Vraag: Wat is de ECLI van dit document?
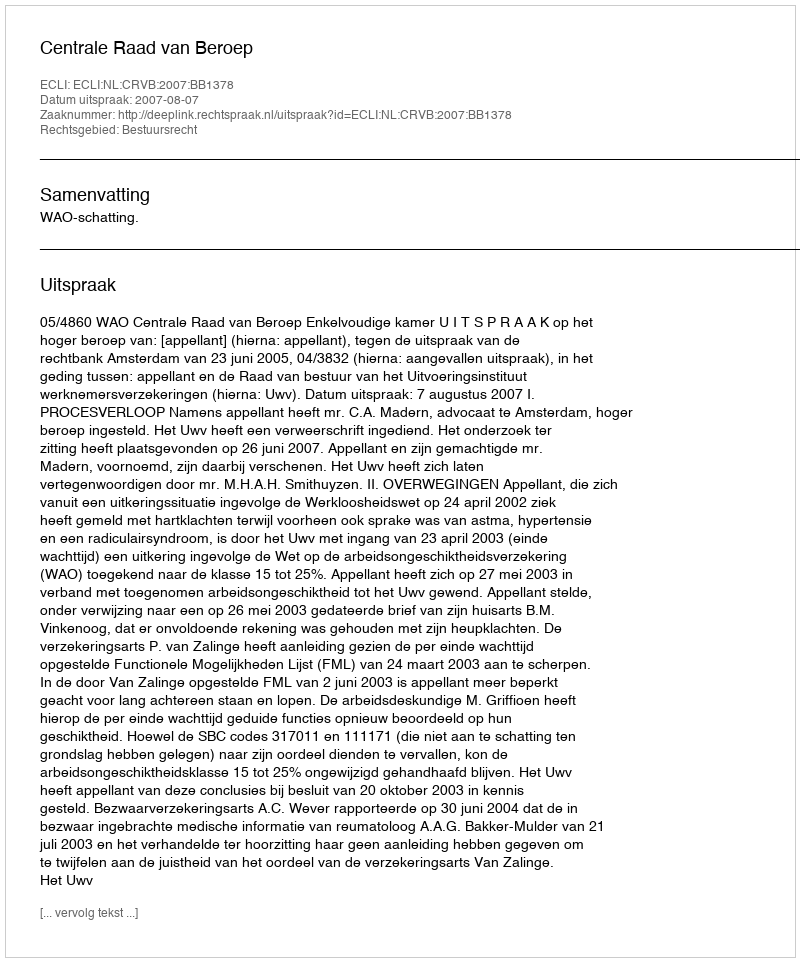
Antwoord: ECLI:NL:CRVB:2007:BB1378